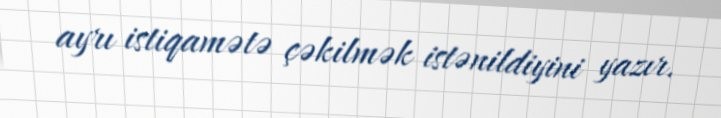
ayrı istiqamətə çəkilmək istənildiyini yazır.